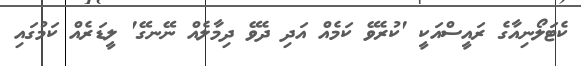
ކެޓަލޯނިއާގެ ރައީސްއަކީ 'ކުރެވޭ ކަމެއް އަދި ދެވޭ ދިމާލެއް ނޭނގޭ' ލީޑަރެއް ކަމުގައި